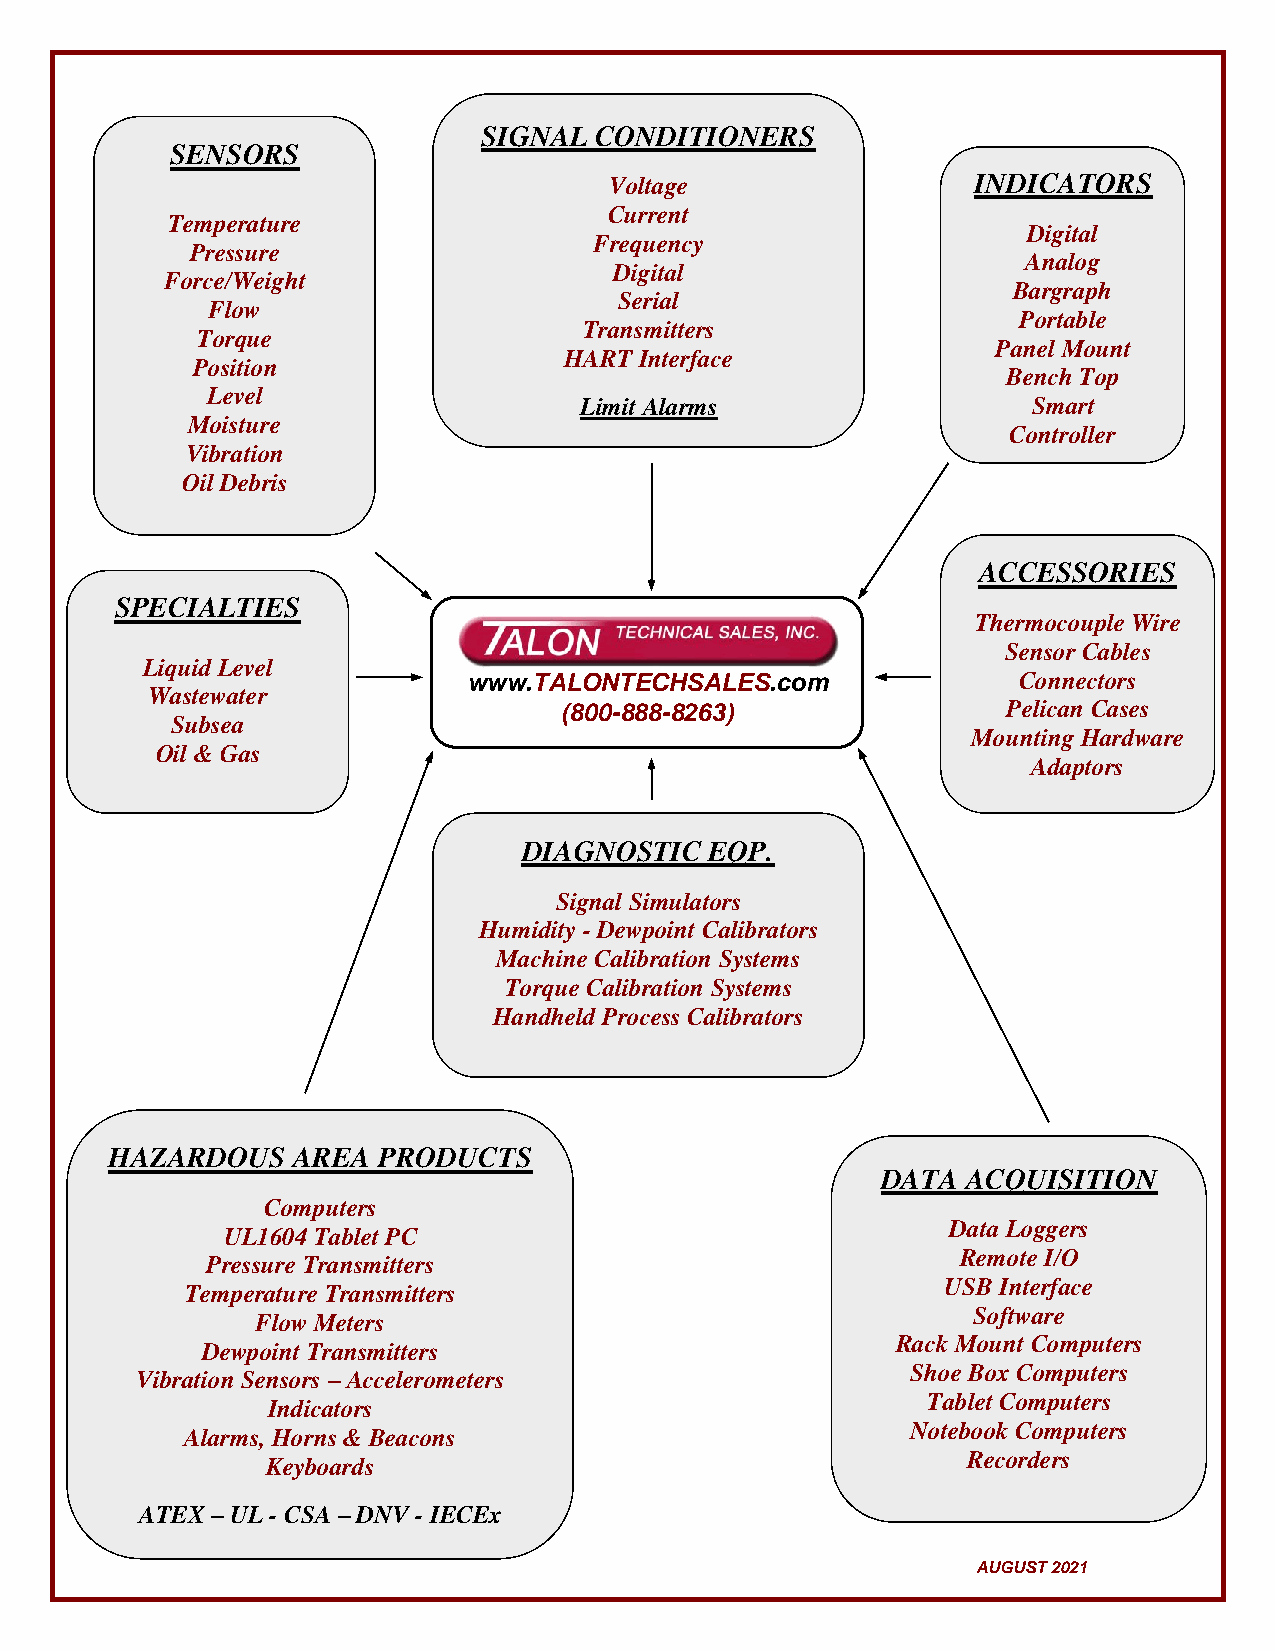
SIGNAL CONDITIONERS
 SENSORS
 Voltage                 INDICATORS
 Current
 Temperature
 Digital
 Frequency
 Pressure
 Digital
 Analog
 Force/Weight
 Bargraph
 Serial
 Flow
 Portable
 Torque
 Transmitters
 Panel Mount
 HART Interface
 Position
 Bench Top
 Level
 Limit Alarms                  Smart
 Moisture
 Controller
 Vibration
 Oil Debris
 ACCESSORIES
 SPECI ALTIES
 Thermocouple Wire
 Sensor Cables
 Liquid Level
 www.TALONTECHSALES.com              Connectors
 Wastewater
 (800-888-8263)                Pelican Cases
 Subsea
 Mounting Hardware
 Oil & Gas
 Adaptors
 DIAGNOSTIC  EQP.
 Signal Simulators
 Humidity - Dewpoint Calibrators
 Machine Calibration Systems
 Torque Calibration Systems
 Handheld Process Calibrators
 HAZARDOUS   AREA  PRODUCTS
 DATA  ACQUISITION
 Computers
 Data Loggers
 UL1604 Tablet PC
 Remote I/O
 Pressure Transmitters
 USB Interface
 Temperature Transmitters
 Software
 Flow Meters
 Rack Mount Computers
 Dewpoint Transmitters
 Vibra tion Sensors – Accelerometers
 Shoe Box Computers
 Tablet Computers
 Indicators
 Notebook Computers
 A larms, Horns & Beacons
 Recorders
 Keyboards
 ATEX – UL - CSA – DNV - IECEx
 AUGUST 2021